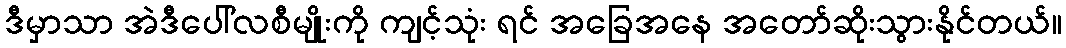
ဒီမှာသာ အဲဒီပေါ်လစီမျိုးကို ကျင့်သုံး ရင် အခြေအနေ အတော်ဆိုးသွားနိုင်တယ်။